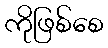
ကိုဖြစ်စေ